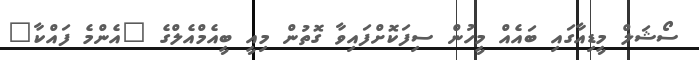
ސޯޝަލް މީޑިއާގައި ބައެއް މީހުން ސިފަކޮށްފައިވާ ގޮތުން މިއީ ބީއެމްއެލްގެ "އެންމެ ފައްކާ"